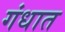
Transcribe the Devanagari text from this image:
गंधात